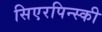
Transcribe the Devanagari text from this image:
सिएरपिन्स्की